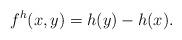
LaTeX: \begin{align*} f^h(x,y)=h(y)-h(x).\end{align*}